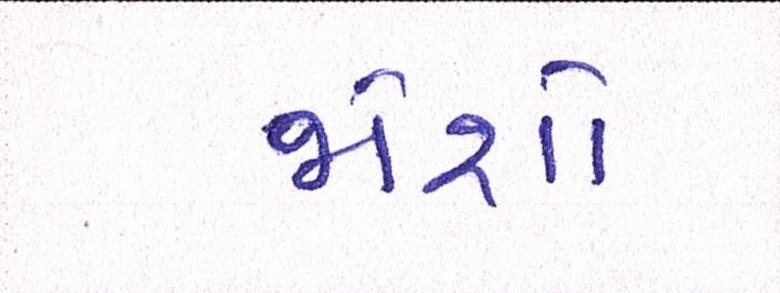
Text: જોશો